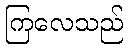
ကြလေသည်